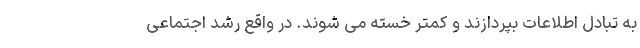
به تبادل اطلاعات بپردازند و کمتر خسته می شوند. در واقع رشد اجتماعی